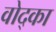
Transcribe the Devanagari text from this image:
वोद्का